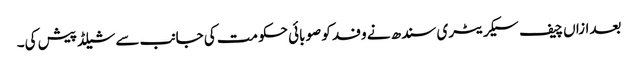
بعدازاں چیف سیکریٹری سندھ نے وفد کو صوبائی حکومت کی جانب سے شیلڈ پیش کی۔